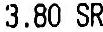
3.80 SR